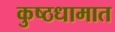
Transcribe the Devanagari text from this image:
कुष्ठधामात